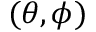
( \theta , \phi )